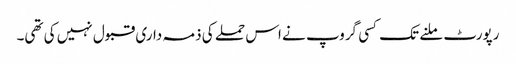
رپورٹ ملنے تک کسی گروپ نے اس حملے کی ذمہ داری قبول نہیں کی تھی۔